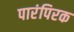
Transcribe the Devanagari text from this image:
पारंपिरक